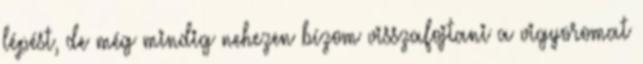
lépést, de még mindig nehezen bízom visszafojtani a vigyoromat